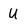
Character: U